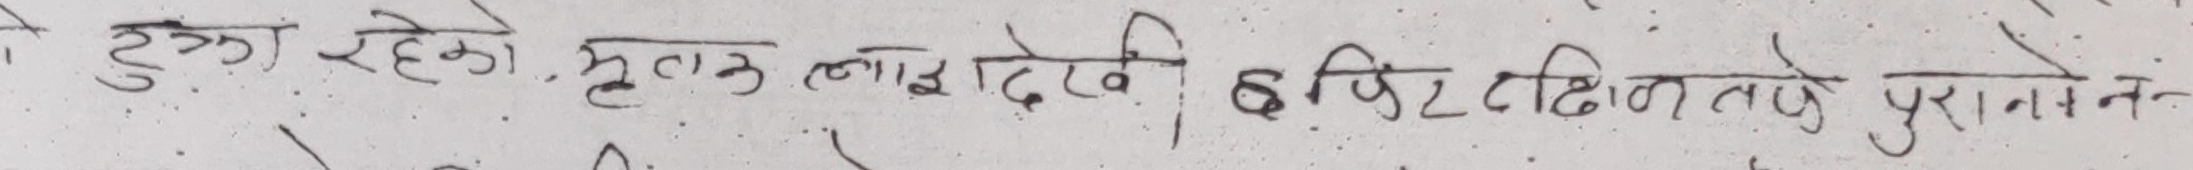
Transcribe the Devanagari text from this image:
टुक्ररहेको मृतकलाईदेखी इज्जिटदिनताके पुरानातन-